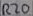
Text: R20